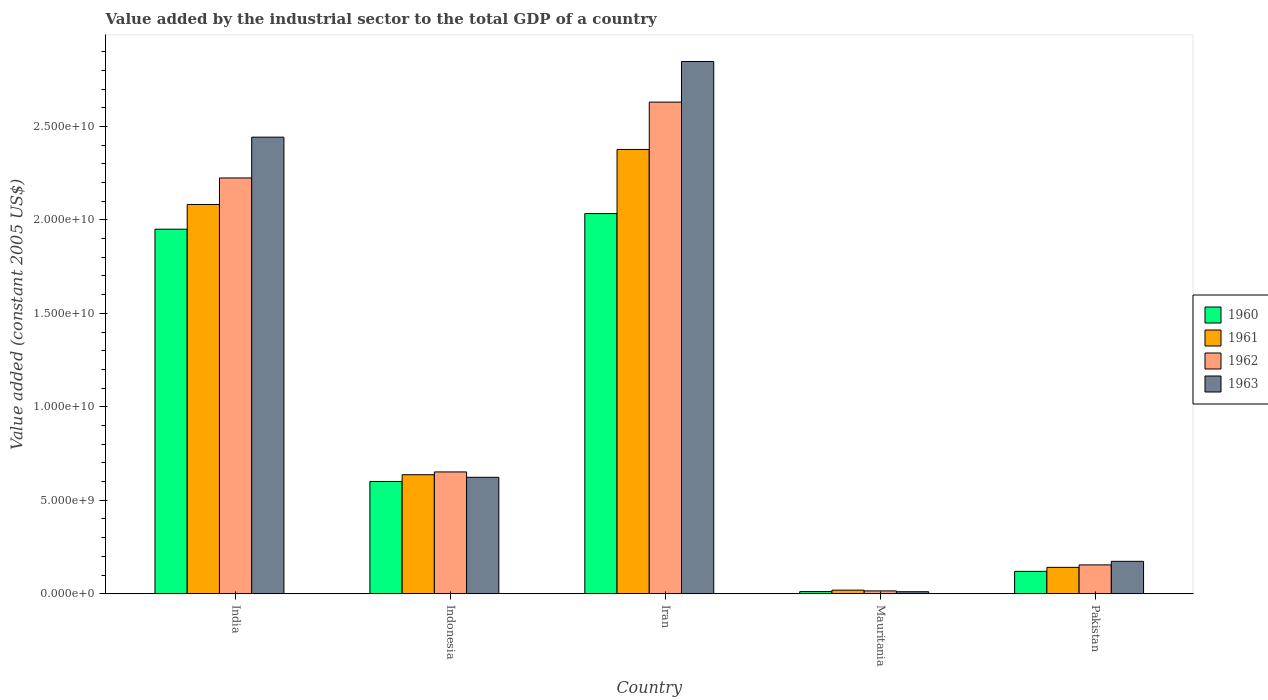
| Country | 1960 | 1961 | 1962 | 1963 |
 | --- | --- | --- | --- | --- |
 | India | 1.95e+10 | 2.08e+10 | 2.22e+10 | 2.44e+10 |
 | Indonesia | 6.01e+09 | 6.37e+09 | 6.52e+09 | 6.23e+09 |
 | Iran | 2.03e+10 | 2.38e+10 | 2.63e+10 | 2.85e+10 |
 | Mauritania | 1.15e+08 | 1.92e+08 | 1.51e+08 | 1.08e+08 |
 | Pakistan | 1.2e+09 | 1.41e+09 | 1.54e+09 | 1.74e+09 |